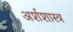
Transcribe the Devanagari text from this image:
अर्शशास्त्र